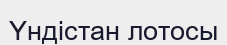
Үндістан лотосы